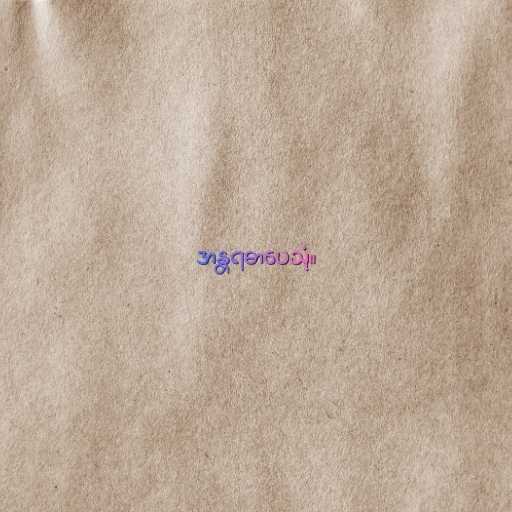
အန္တရဓာပေသုံ။